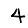
Digit: 4